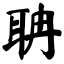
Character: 聃